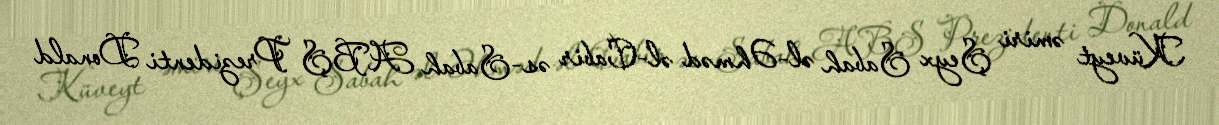
Küveyt əmiri Şeyx Sabah əl-Əhməd əl-Cabir əs-Sabah ABŞ Prezidenti Donald